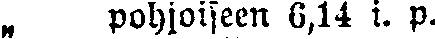
„ pohjoiseen 6,14 i. p.